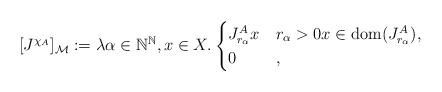
LaTeX: \begin{align*}[J^{\chi_A}]_\mathcal{M}:=\lambda\alpha\in\mathbb{N}^\mathbb{N},x\in X.\begin{cases}J^A_{r_\alpha}x&r_\alpha> 0x\in\mathrm{dom}(J^A_{r_\alpha}),\\0&,\end{cases}\end{align*}